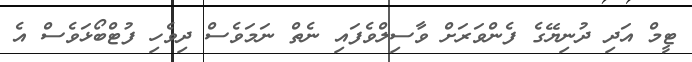
ޓީމް އަދި ދުނިޔޭގެ ފެންވަރަށް ވާސިލްވެފައި ނެތް ނަމަވެސް ދިވެހި ފުޓްބޯޅަވެސް އެ